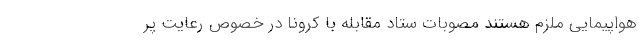
هواپیمایی ملزم هستند مصوبات ستاد مقابله با کرونا در خصوص رعایت پر